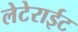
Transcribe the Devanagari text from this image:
लेटेराईट